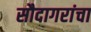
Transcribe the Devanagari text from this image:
सौदागरांचा